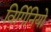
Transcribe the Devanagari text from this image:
विर्गिनियो